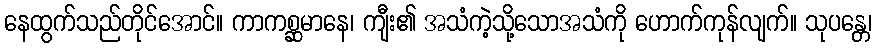
နေထွက်သည်တိုင်အောင်။ ကာကစ္ဆမာနေ၊ ကျီး၏ အသံကဲ့သို့သောအသံကို ဟောက်ကုန်လျက်။ သုပန္တေ၊